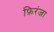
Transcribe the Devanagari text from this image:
फ़िरंजा